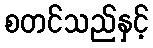
စတင်သည်နှင့်